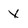
Character: x